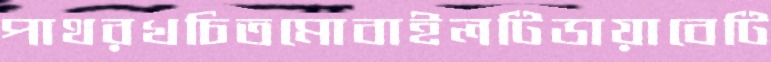
পাথরখচিতমোবাইলটিডায়াবেটি